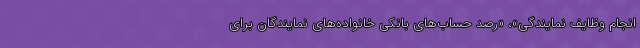
انجام وظایف نمایندگی»، «رصد حساب‌های بانکی خانواده‌های نمایندگان برای